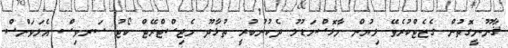
ޤާނޫނީގޮތުން ގެޒެޓްކުރެވޭ ލިޔުން މާޅޮސްމަޑުލު ދެކުނުބުރީ ތުޅާދޫ މެޖިސްޓްރޭޓް ކޯޓު ސަރވިސް އެލަވަންސް